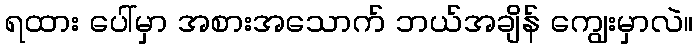
ရထား ပေါ်မှာ အစားအသောက် ဘယ်အချိန် ကျွေးမှာလဲ။